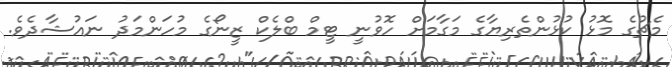
މެޗުގެ މޮޅު ކުޅުންތެރިޔާގެ މަގާމަށް ހޮވުނީ ޓީމް ބްލެކް ޒީނޯގެ މުހަންމަދު ނައުޝާދެވެ.